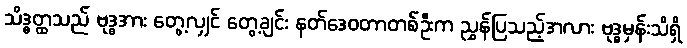
သိဒ္ဓတ္ထသည် ဗုဒ္ဓအား တွေ့လျှင် တွေ့ချင်း နတ်ဒေဝတာတစ်ဦးက ညွှန်ပြသည့်အလား ဗုဒ္ဓမှန်းသိရှိ